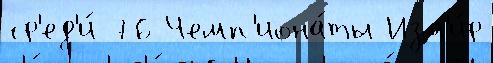
ср'ед'и́ 76 Чемп'иона́ты Изм'и́р